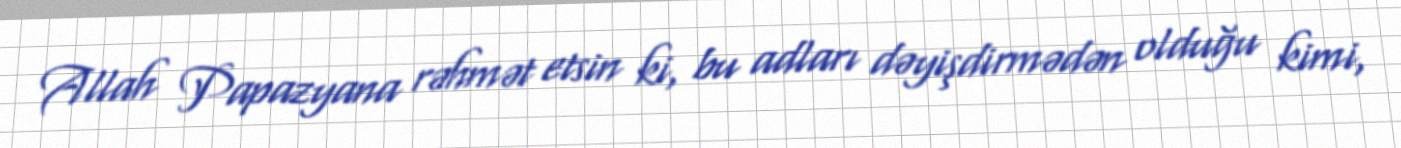
Allah Papazyana rəhmət etsin ki, bu adları dəyişdirmədən olduğu kimi,